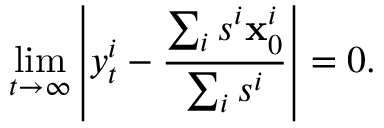
\operatorname* { l i m } _ { t \to \infty } \left\lvert y _ { t } ^ { i } - \frac { \sum _ { i } s ^ { i } \mathbf { x } _ { 0 } ^ { i } } { \sum _ { i } s ^ { i } } \right\vert = 0 .